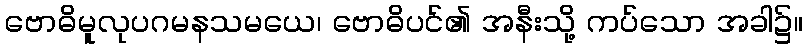
ဗောဓိမူလုပဂမနသမယေ၊ ဗောဓိပင်၏ အနီးသို့ ကပ်သော အခါ၌။